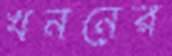
খননের